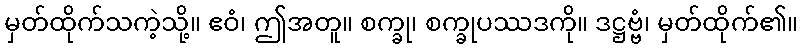
မှတ်ထိုက်သကဲ့သို့။ ဧဝံ၊ ဤအတူ။ စက္ခု၊ စက္ခုပဿဒကို။ ဒဋ္ဌဗ္ဗံ၊ မှတ်ထိုက်၏။